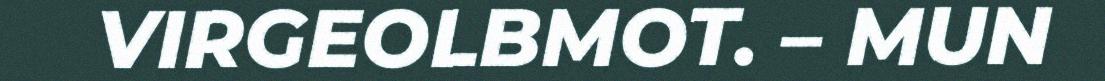
VIRGEOLBMOT. – MUN